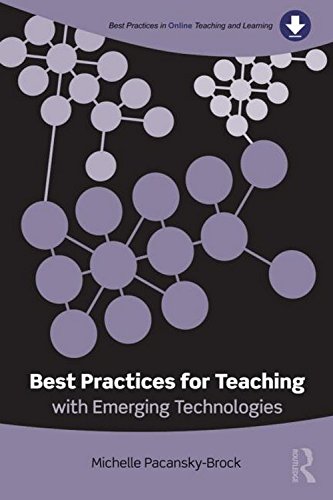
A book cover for Best Practices for Teaching with Emerging Technologies (Best Practices in Online Teaching and Learning); Michelle Pacansky-Brock; Education & Teaching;